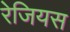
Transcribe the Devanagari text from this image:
रेजियस